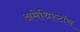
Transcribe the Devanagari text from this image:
अमेथिस्टॉस